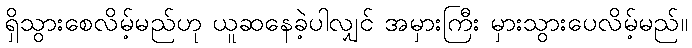
ရှိသွားစေလိမ့်မည်ဟု ယူဆနေခဲ့ပါလျှင် အမှားကြီး မှားသွားပေလိမ့်မည်။